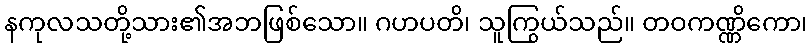
နကုလသတို့သား၏အဘဖြစ်သော။ ဂဟပတိ၊ သူကြွယ်သည်။ တဝကဏ္ဏိကော၊